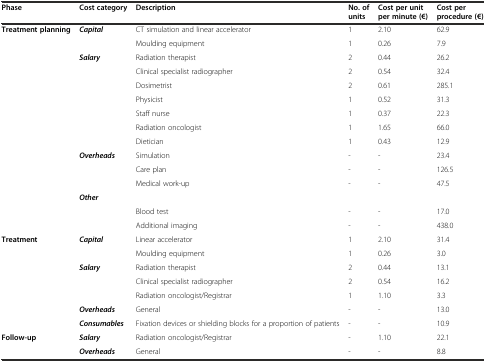
| Phase | Cost category | Description | No. of units | Cost per unit per minute (€) | Cost per procedure (€) |
 | --- | --- | --- | --- | --- | --- |
 | Treatment planning | Capital | CT simulation and linear accelerator | 1 | 2.10 | 62.9 |
 |  |  | Moulding equipment | 1 | 0.26 | 7.9 |
 |  | Salary | Radiation therapist | 2 | 0.44 | 26.2 |
 |  |  | Clinical specialist radiographer | 2 | 0.54 | 32.4 |
 |  |  | Dosimetrist | 2 | 0.61 | 285.1 |
 |  |  | Physicist | 1 | 0.52 | 31.3 |
 |  |  | Staff nurse | 1 | 0.37 | 22.3 |
 |  |  | Radiation oncologist | 1 | 1.65 | 66.0 |
 |  |  | Dietician | 1 | 0.43 | 12.9 |
 |  | Overheads | Simulation | - | - | 23.4 |
 |  |  | Care plan | - | - | 126.5 |
 |  |  | Medical work-up | - | - | 47.5 |
 |  | Other |  |  |  |  |
 |  |  | Blood test | - | - | 17.0 |
 |  |  | Additional imaging | - | - | 438.0 |
 | Treatment | Capital | Linear accelerator | 1 | 2.10 | 31.4 |
 |  |  | Moulding equipment | 1 | 0.26 | 3.0 |
 |  | Salary | Radiation therapist | 2 | 0.44 | 13.1 |
 |  |  | Clinical specialist radiographer | 2 | 0.54 | 16.2 |
 |  |  | Radiation oncologist/Registrar | 1 | 1.10 | 3.3 |
 |  | Overheads | General | - | - | 13.0 |
 |  | Consumables | Fixation devices or shielding blocks for a proportion of patients | - | - | 10.9 |
 | Follow-up | Salary | Radiation oncologist/Registrar | - | 1.10 | 22.1 |
 |  | Overheads | General | - | - | 8.8 |